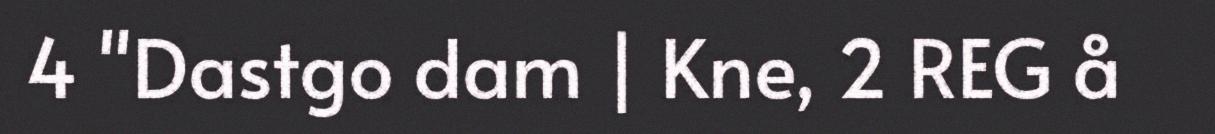
4 "Dastgo dam | Kne, 2 REG å